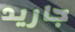
جاريد